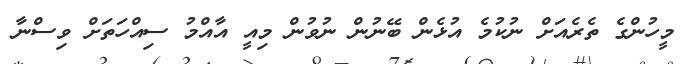
މީހުންގެ ތެރެއަށް ނުކުމެ އުޅެން ބޭނުން ނުވުން މިއީ އާއްމު ސިއްހަތަށް ވިސްނާ